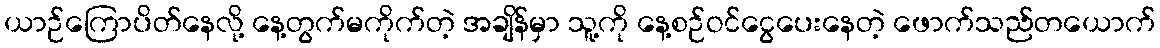
ယာဉ်ကြောပိတ်နေလို့ နေ့တွက်မကိုက်တဲ့ အချိန်မှာ သူ့ကို နေ့စဉ်ဝင်ငွေပေးနေတဲ့ ဖောက်သည်တယောက်